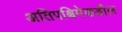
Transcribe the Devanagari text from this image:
अतिपश्चिमेकडील